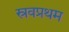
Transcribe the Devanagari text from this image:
स्रवप्रथम